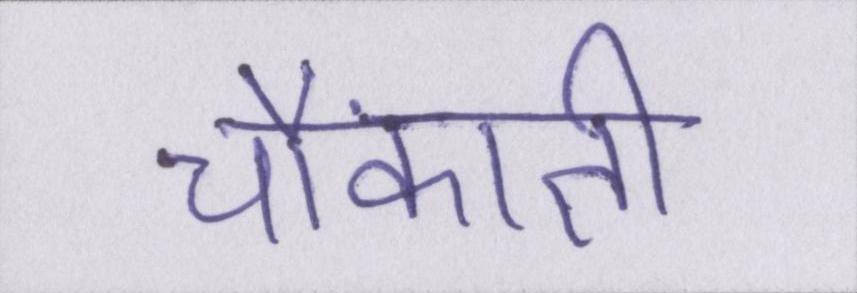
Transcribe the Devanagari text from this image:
चौंकाती